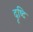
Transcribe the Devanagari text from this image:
दृष्‍टि